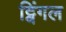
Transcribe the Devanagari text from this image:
ट्विंगल